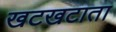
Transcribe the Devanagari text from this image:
खटखटाता